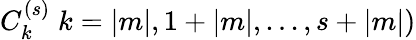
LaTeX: C_{k}^{(s)}\; k=|m|,1+|m|,...,s+|m|)